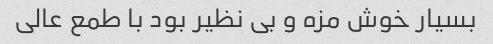
بسیار خوش مزه و بی نظیر بود با طمع عالی